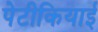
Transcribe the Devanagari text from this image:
पेटीकियाई